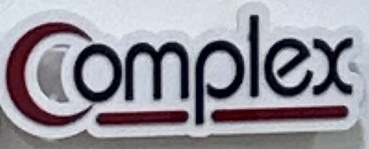
Complex